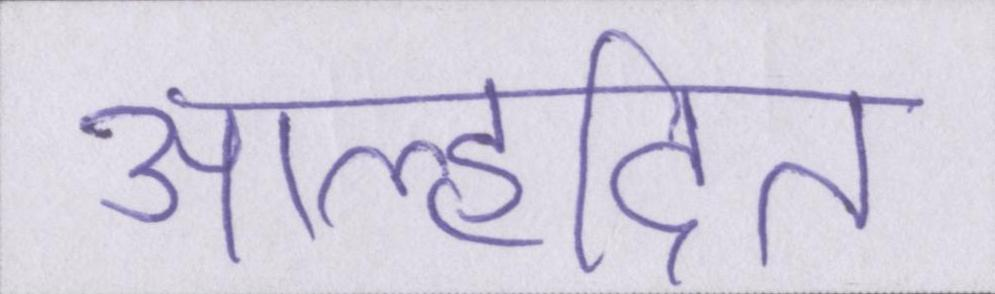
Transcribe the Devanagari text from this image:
आह्लादित